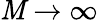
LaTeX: \mathit{M}\to\infty